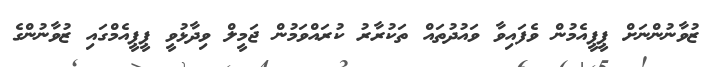
ޒުވާނުންނަށް ޕީޕީއެމުން ވެފައިވާ ވައުދުތައް ތަކުރާރު ކުރައްވަމުން ޖަމީލް ވިދާޅުވީ ޕީޕީއެމްގައި ޒުވާނުންގެ